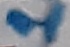
Text: 1